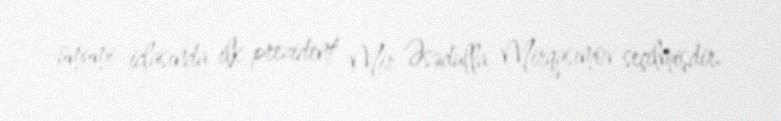
ümumi iclasında ilk prezident Mir Əsədulla Mirqasımov seçilmişdir.